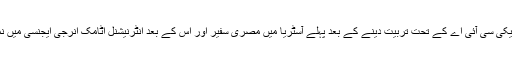
1953ء میں اسے امریکی سی آئی اے کے تحت تربیت دینے کے بعد پہلے آسٹریا میں مصری سفیر اور اس کے بعد انٹرنیشنل اٹامک انرجی ایجنسی میں نمائندہ مقرر کیا گیا تھا۔